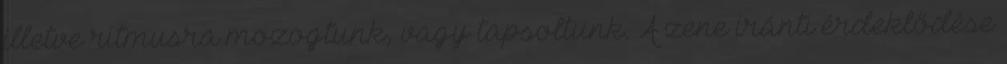
illetve ritmusra mozogtunk, vagy tapsoltunk. A zene iránti érdeklődése